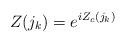
LaTeX: \begin{align*}Z ({j _k}) = e ^{i Z_c ({j_k})}\end{align*}